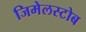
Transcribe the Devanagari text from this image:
जिमेलस्टोब